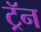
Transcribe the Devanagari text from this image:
ट्रॅन